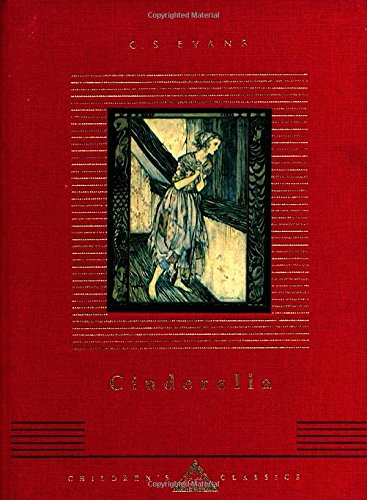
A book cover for Cinderella (Everyman's Library Children's Classics); C. S. Evans; Children's Books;